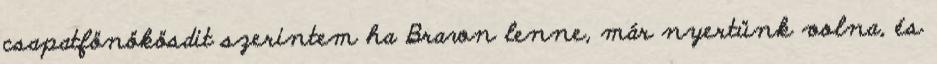
csapatfönökösdit szerintem ha Brawn lenne, már nyertünk volna, és